Papers set at the Examination for Leaving Certificates, 1895
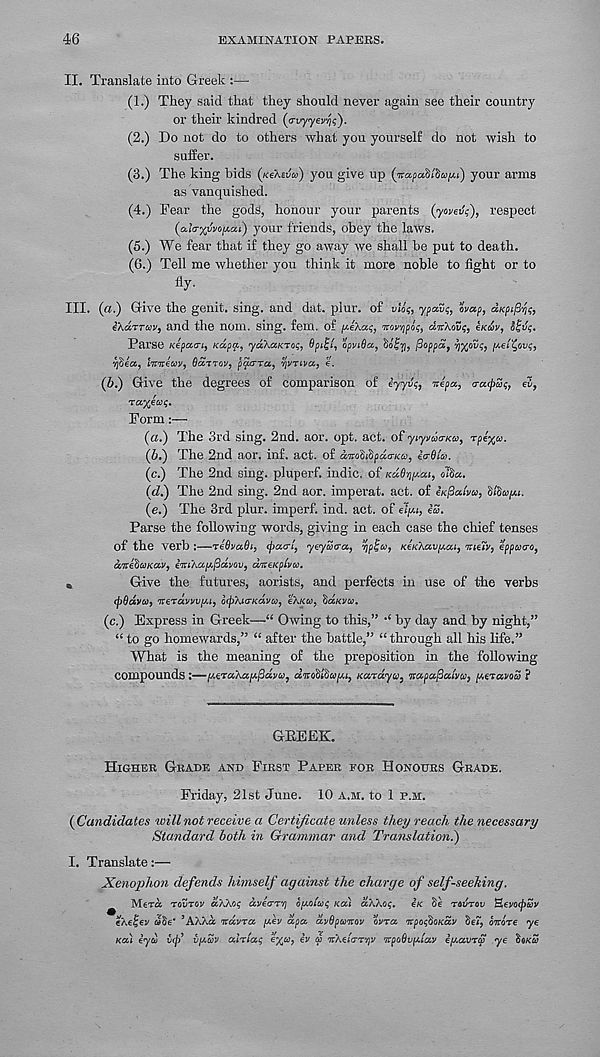
46
EXAMINATION PAPERS.
II. Translate into Greek :—
(1.) They said that they should never again see their country
or their kindred (cn/yyev^?).
(2.) Do not do to others what you yourself do not wish to
sufier.
(3.) The king bids (/ceXeua) you give up
your arms
as vanquished.
(4.) Fear the gods, honour your parents (yovev;), respect
(aicr%wo^ai) your friends, obey the laws.
(5.) We fear that if they go away we shall be put to death.
(6.) Tell me whether you think it more noble to fight or to
%•
III. (a.) Give the genit. sing, and dat. plur. of uid?, ypmi;, map, aKfifi-fa,
gXuttuv, and the nom. sing. fern, of |U.eAa$, ' Jcovvjpoi;, dnXovs, e/cwv,
Parse Kepaa-i, Ktipp, ydXaKTof, Opt^l, opviSa, Sdfj), floppa, ij%oSc,
Yjdea, lirneuv, Qcityov, po/TTa, qvriva, e.
(b.) Give the degrees of comparison of eyytk, %epa, a-acpS;, el,
Form:—
(a.) The 3rd sing. 2nd. aor. opt. act. of yiyv&jcnaa, rpe^u.
(6.) The 2nd aor. inf. act. of dirobi^pda-Kc-i, eaBla.
(c.) The 2nd sing, pluperf. indie, of Ku.8ripi.ai, olSa.
(d.) The 2nd sing. 2nd aor. imperat. act. of iKpaivo, Uhapu.
(e.) The 3rd plur. imperf. ind. act. of eTp, <=5.
Parse the following words, giving in each case the chief tenses
of the verb :—teOvaOi, <patr!, yeyScra, ripUn, KeKXavp.ca, me tv, eppatro,
anehuKav, erttXap.fiavov, d'lteKptvw.
,
Give the futures, aorists, and perfects in use of the verbs
ej>8dvoi, rteruvvvp.t, otpXttrKavu, eXieu, SaKva.
(c.) Express in Greek—“ Owing to this,” •* by day and by night,”
“ to go homewards,” “ after the battle,” “ through all his life.”
What is the meaning of the preposition in the following
compounds :—p.eraXap./3dvce, ditoSlSapit, Kardya, napa^atva, ptetavoa ?
GBEEK.
Higher Grade and First Paper for Honours Grade.
Friday, 21st June. 10 a.m. to 1 p.m.
{Candidates will not receive a Certificate unless they reach the necessary
Standard both in Grammar and Translation.')
I. Translate:—
Xenophon defends himself against the charge of self-seeking.
^ Mera toutov d.XXeq dveaTYi ogolut; Kai aXXoi;. ek Se tovtov HevotpSv
eXe^ev wSe* : AX/.u itcivTa p.ev dpa. avOpumv ovtcc 'rrpoqOOKav 8ef, orzlre ye
Kali iyu i<p’ vp.av aln'at; e%u, iv p rcXei'am/jV TcpoSvptlav iptavrS ye S«kS